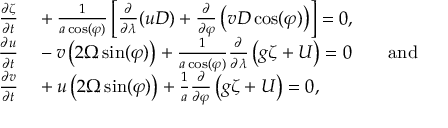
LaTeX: \begin{array} { r l } { { \frac { \partial \zeta } { \partial t } } } & { { } + { \frac { 1 } { a \cos ( \varphi ) } } \left[ { \frac { \partial } { \partial \lambda } } ( u D ) + { \frac { \partial } { \partial \varphi } } \left( v D \cos ( \varphi ) \right) \right] = 0 , } \\ { { \frac { \partial u } { \partial t } } } & { { } - v \left( 2 \Omega \sin ( \varphi ) \right) + { \frac { 1 } { a \cos ( \varphi ) } } { \frac { \partial } { \partial \lambda } } \left( g \zeta + U \right) = 0 \qquad { \mathrm { a n d } } } \\ { { \frac { \partial v } { \partial t } } } & { { } + u \left( 2 \Omega \sin ( \varphi ) \right) + { \frac { 1 } { a } } { \frac { \partial } { \partial \varphi } } \left( g \zeta + U \right) = 0 , } \end{array}